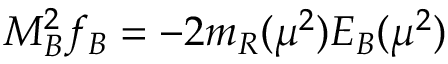
M _ { B } ^ { 2 } f _ { B } = - 2 m _ { R } ( \mu ^ { 2 } ) { \cal E } _ { B } ( \mu ^ { 2 } )